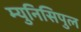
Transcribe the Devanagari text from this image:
म्युनिसिपुल